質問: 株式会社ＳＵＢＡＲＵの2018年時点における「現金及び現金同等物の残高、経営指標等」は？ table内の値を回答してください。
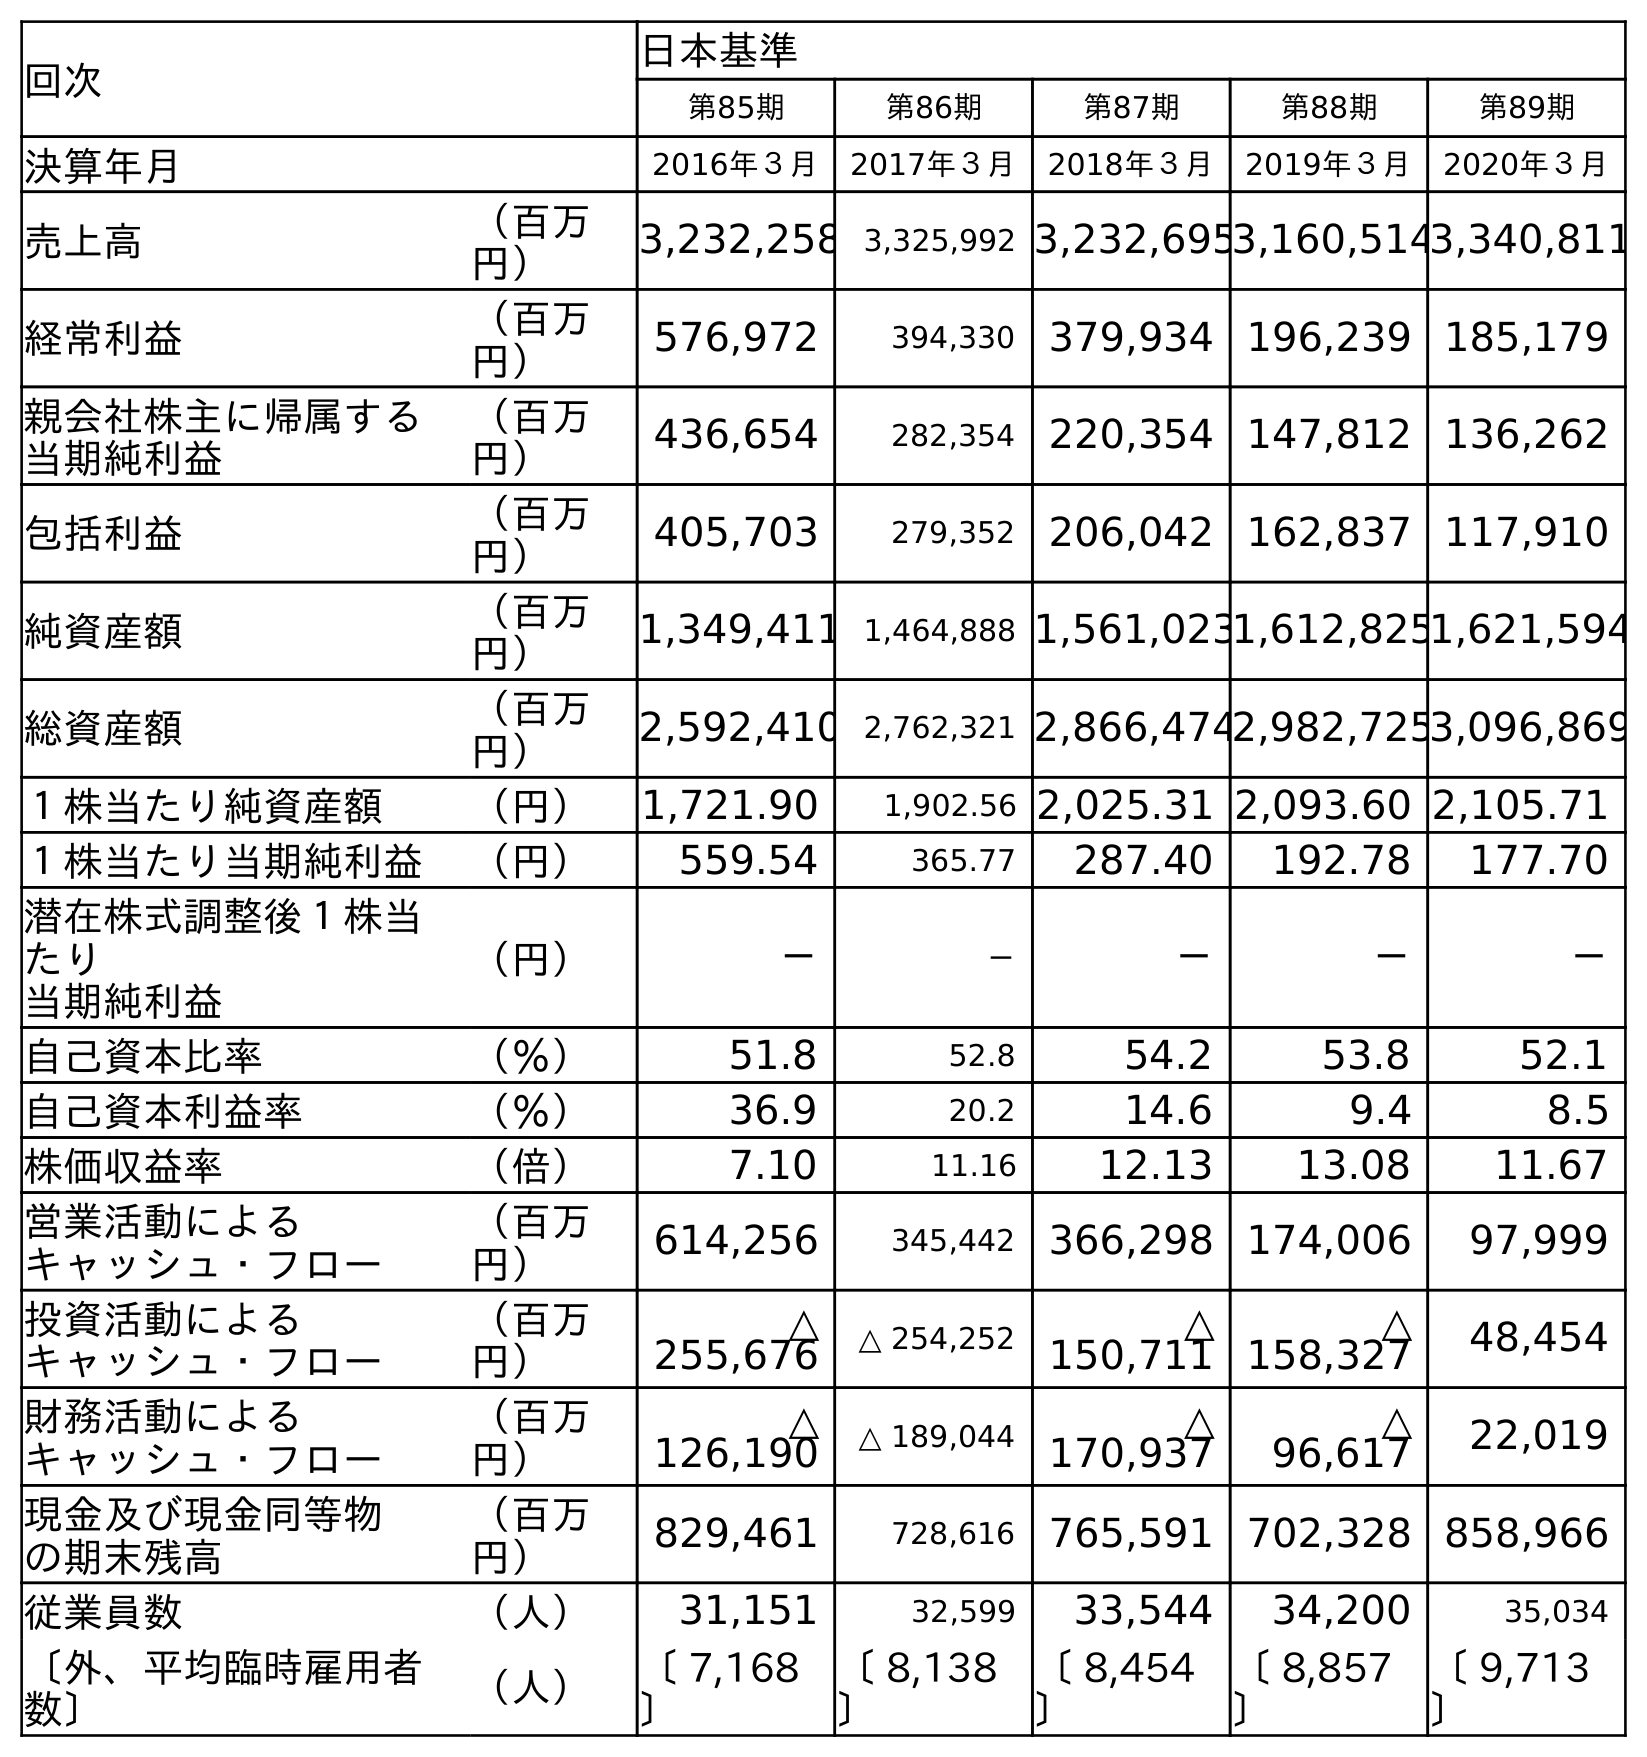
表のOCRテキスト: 回次 日本基準 第85期 第86期 第87期 第88期 第89期 決算年月 2016年３月 2017年３月 2018年３月 2019年３月 2020年３月 売上高 （百万 円） 3,232,258 3,325,992 3,232,6953,160,5143,340,811 経常利益 （百万 円） 576,972 394,330 379,934 196,239 185,179 親会社株主に帰属する 当期純利益 （百万 円） 436,654 282,354 220,354 147,812 136,262 包括利益 （百万 円） 405,703 279,352 206,042 162,837 117,910 純資産額 （百万 円） 1,349,411 1,464,888 1,561,0231,612,8251,621,594 総資産額 （百万 円） 2,592,410 2,762,321 2,866,4742,982,7253,096,869 １株当たり純資産額 （円） 1,721.90 1,902.56 2,025.31 2,093.60 2,105.71 １株当たり当期純利益 （円） 559.54 365.77 287.40 192.78 177.70 潜在株式調整後１株当 たり 当期純利益 （円） － － － － － 自己資本比率 （％） 51.8 52.8 54.2 53.8 52.1 自己資本利益率 （％） 36.9 20.2 14.6 9.4 8.5 株価収益率 （倍） 7.10 11.16 12.13 13.08 11.67 営業活動による キャッシュ・フロー （百万 円） 614,256 345,442 366,298 174,006 97,999 投資活動による キャッシュ・フロー （百万 円） △ 255,676 △ 254,252 △ 150,711 △ 158,327 48,454 財務活動による キャッシュ・フロー （百万 円） △ 126,190 △ 189,044 △ 170,937 △ 96,617 22,019 現金及び現金同等物 の期末残高 （百万 円） 829,461 728,616 765,591 702,328 858,966 従業員数 （人） 31,151 32,599 33,544 34,200 35,034 〔外、平均臨時雇用者 数〕 （人） 〔 7,168 〕 〔 8,138 〕 〔 8,454 〕 〔 8,857 〕 〔 9,713 〕
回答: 765,591